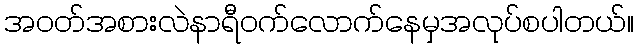
အဝတ်အစားလဲနာရီဝက်လောက်နေမှအလုပ်စပါတယ်။